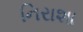
નિરાશા